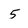
Character: 5